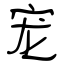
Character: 宠